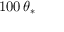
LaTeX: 1 0 0 \, \theta _ { * }